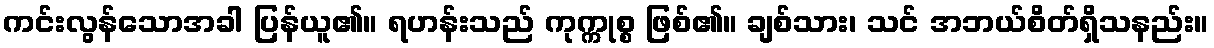
ကင်းလွန်သောအခါ ပြန်ယူ၏။ ရဟန်းသည် ကုက္ကုစ္စ ဖြစ်၏။ ချစ်သား၊ သင် အဘယ်စိတ်ရှိသနည်း။